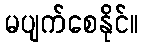
မပျက်စေနိုင်။